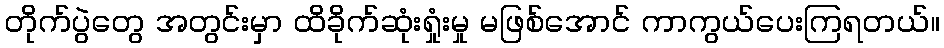
တိုက်ပွဲတွေ အတွင်းမှာ ထိခိုက်ဆုံးရှုံးမှု မဖြစ်အောင် ကာကွယ်ပေးကြရတယ်။